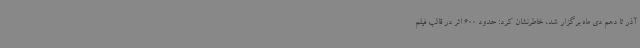
آذر تا دهم دی ماه برگزار شد، خاطرنشان کرد: حدود 600 اثر در قالب فیلم